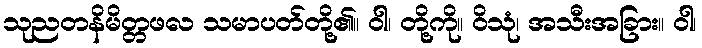
သုညတနိမိတ္တဖလ သမာပတ်တို့၏။ ဝါ၊ တို့ကို။ ဝိသုံ၊ အသီးအခြား။ ဝါ၊